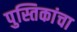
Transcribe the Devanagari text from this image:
पुस्तिकांचा